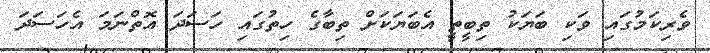
ވެރިކަމުގައި ވަކި ބަޔަކު ތިބީތީ އެބަޔަކަށް ތިބާގެ ހިތުގަައި ހަސަދަ އޮތްނަމަ އެހަސަދަ